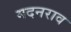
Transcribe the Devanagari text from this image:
मदनराव